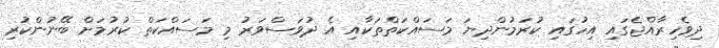
ދިވެހިރާއްޖެގައި އިހުގައި ކުރަމުންދިޔަ މަސައްކަތްތަކާއި އެ ދުވަސްވަރު މި މަސައްކަތް ކުރުމަށް ބޭނުންކުރި